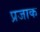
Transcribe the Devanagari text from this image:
प्रजाक